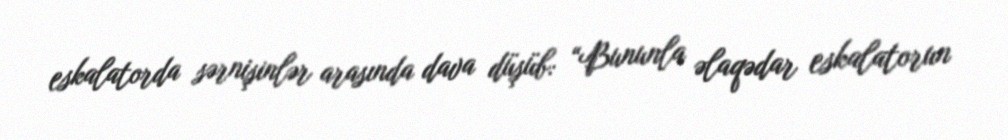
eskalatorda sərnişinlər arasında dava düşüb: “Bununla əlaqədar eskalatorun